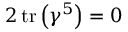
2 \operatorname { t r } \left( \gamma ^ { 5 } \right) = 0